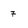
Character: 7